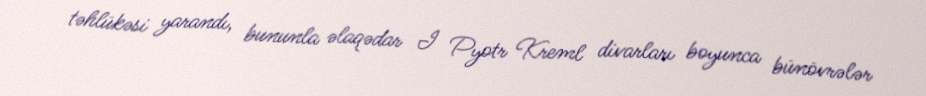
təhlükəsi yarandı, bununla əlaqədar I Pyotr Kreml divarları boyunca bünövrələr